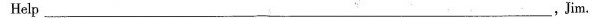
Help___,Jim.